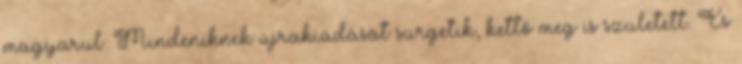
magyarul. Mindeniknek újrakiadását sürgetik, kettő meg is született. És